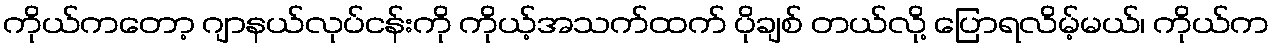
ကိုယ်ကတော့ ဂျာနယ်လုပ်ငန်းကို ကိုယ့်အသက်ထက် ပိုချစ် တယ်လို့ ပြောရလိမ့်မယ်၊ ကိုယ်က